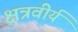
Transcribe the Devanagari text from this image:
क्षत्रवीर्य